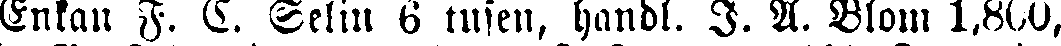
Enkan F. C. Selin 6 tusen, handl. I. A. Blom 1,800,